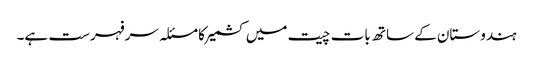
ہندوستان کے ساتھ بات چیت میں کشمیر کا مسئلہ سرفہرست ہے۔